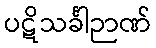
ပဋိသင်္ခါဉာဏ်